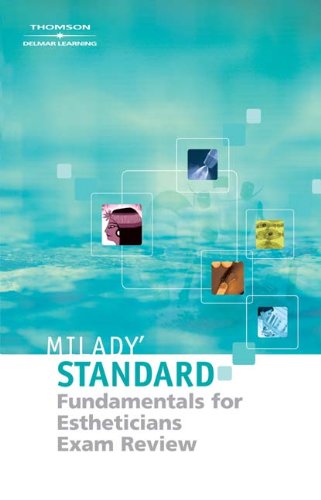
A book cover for Milady's Standard Fundamentals for Estheticians 9E - Exam Review; Joel Gerson; Health, Fitness & Dieting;